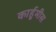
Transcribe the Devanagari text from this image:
कार्हुमीस